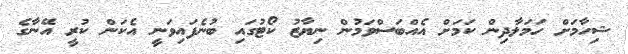
ޝިހާމަށް ހަމަލާދިން ކަމަށް އެއްބަސްވަމުން ނިޔާޒު ކޯޓުގައި ބުނެފައިވަނީ އެކަން ކުރީ އޭނާގެ